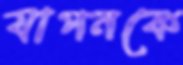
যাপনকে